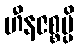
ဟီနဇစ္စမ္ပိ